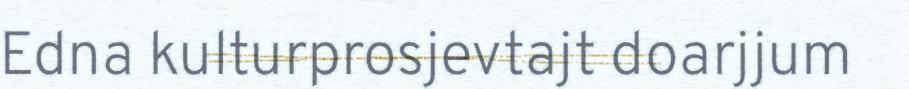
Edna kulturprosjevtajt doarjjum